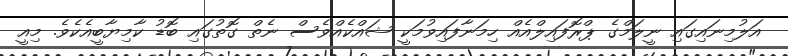
އަލުމިނައިގައި ނީލަމްގެ ޕްރޮފައިލްއެއް ހިމަނާފައިވުމަކީ ޝައްކެއްވެސް ނެތް ގޮތުގައި ބޮޑު ކާމިޔާބީއެކެވެ. މިއީ